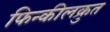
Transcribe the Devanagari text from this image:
फिन्कीलक्रुत